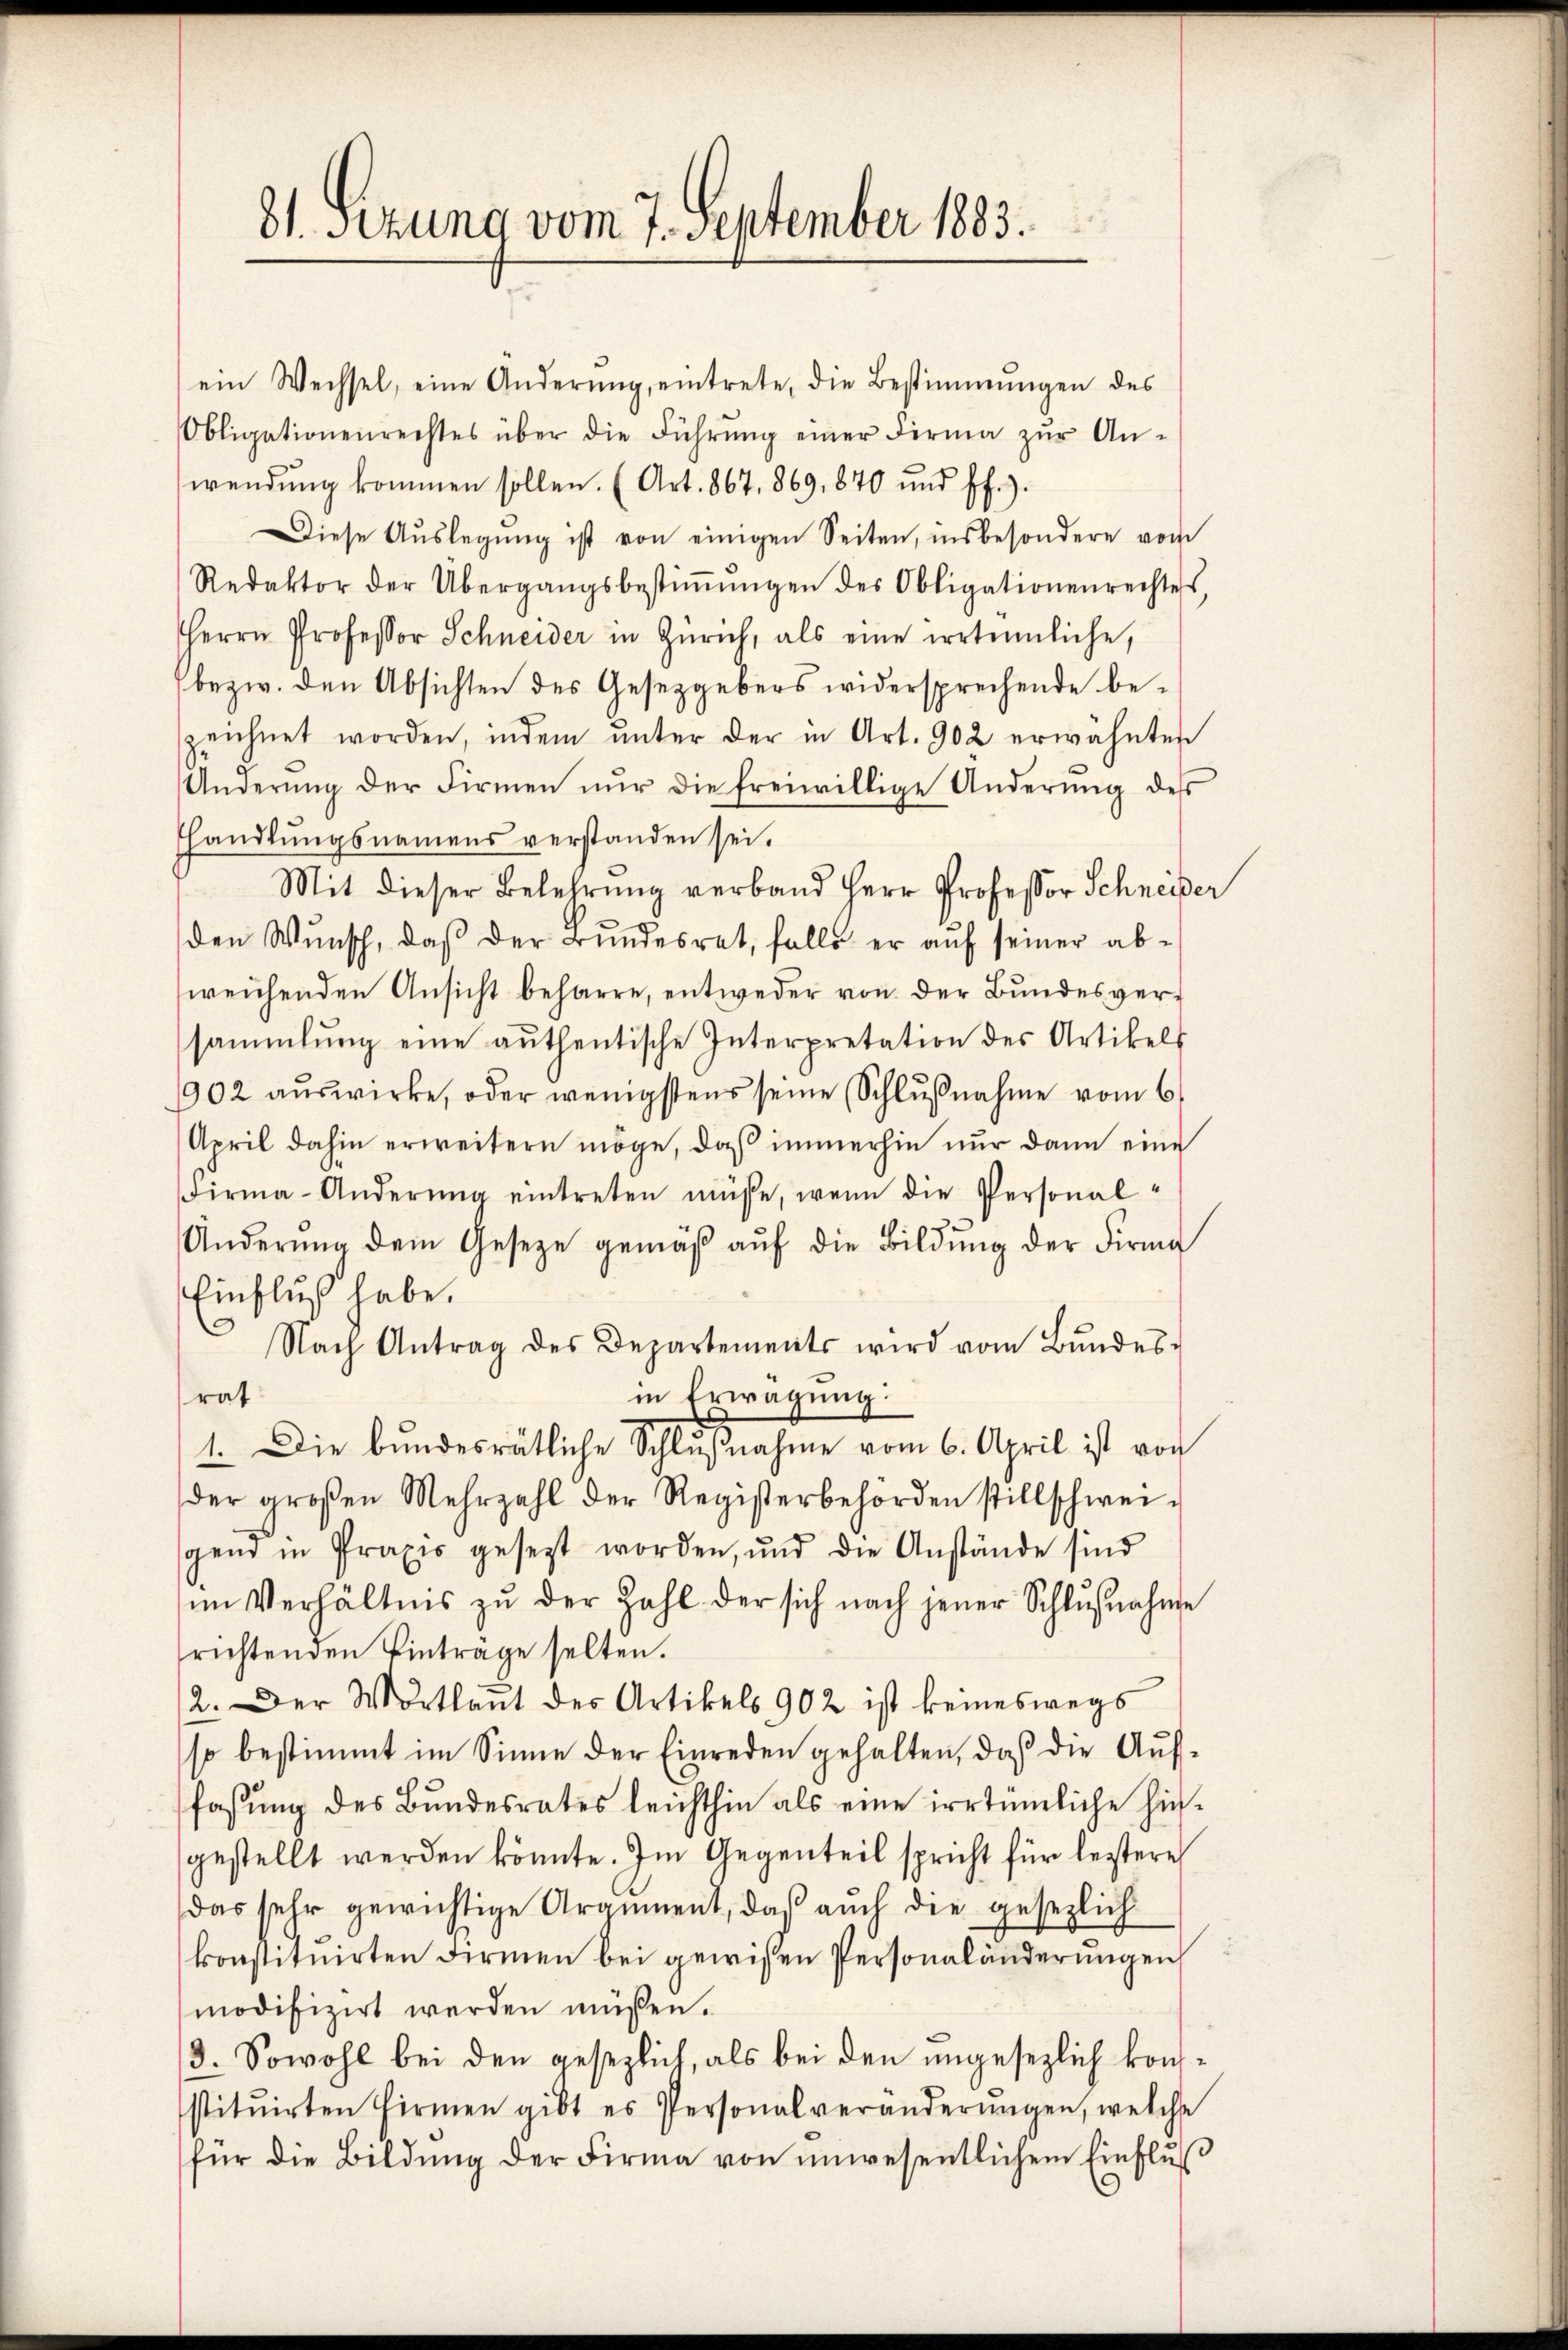
81. sezung vom 7. September 1883.

ein Wechsel, eine Änderŭng, eintrete, die Bestimmungen des
Obligationenrechtes über die Führŭng einer Firma zŭr An-
wendŭng kommen sollen. (Art. 867. 869. 870 und ff.).
Diese Aŭslegŭng ist von einigen Seiten, insbesondere vom
Redaktor der Übergangsbestiṁŭngen des Obligationenrechtes,
Herrn Professor Schneider in Zürich, als eine irrtennliche,
bezw. den Absichten des Gesetzgebers widersprechende bezeichnet worden, indem ŭnter der in Art. 902 erwähnten
Anderŭng der Firmen nŭr die freiwillige Änderŭng des
shandlungsnamens verstanden sei.
Mit dieser Belehrung verband Herr Professor Schneider
den Wŭnsch, daβ der Bŭndesrat, falls er aŭf seiner ab-
weichenden Ansicht beharre, entweder von der Bundesver-
sammlung eine authentische Interpretation des Artikels
1902 aŭswirke, oder wenigstens seine Schlŭβnahme vom 6.
April dahin erweitern möge, daß immerhin nur dann eine
Firma-Anderŭng eintreten müsse, wenn die Personal¬
Änderŭng dem Geseze gemäβ aŭf die Bildŭng der Firma
Einfluß habe.
Nach Antrag des Departements wird vom Bŭndes-
in Erwägung
rat
1. Die bundesrätliche Schlŭβnahme vom 6. April ist von
der groβen Mehrzahl der Registerbehörden stillschwei-
gend in Praxis gesetzt worden, und die Anstände sind
im Verhältnis zŭ der Zahl der sich nach jener Schlŭβnahme
richtenden Einträge selten.
2. Der Wortlaut des Artikels 902 ist keineswegs
so bestimmt im Sinne der Einreden gehalten, daß die Auffassung des Bundesrates leichthin als eine irrtümliche hingestellt werden könnte. Im Gegenteil spricht für leztere
das sehr gewichtige Argument, daβ aŭch die gesezlich
konstituirten Firmen bei gewißen Personaländerungen
modifizirt werden müssen.
3. Sowohl bei den gesezlich, als bei den ungesezlich konstitŭirten Firmen gibt es Personalveränderŭngen, welche
für die Bildung der Firma von unwesentlichem Einflu